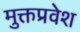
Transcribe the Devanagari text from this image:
मुक्तप्रवेश